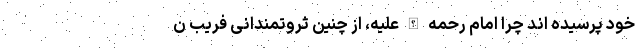
خود پرسیده اند چرا امام رحمه الله علیه، از چنین ثروتمندانی فریب ن